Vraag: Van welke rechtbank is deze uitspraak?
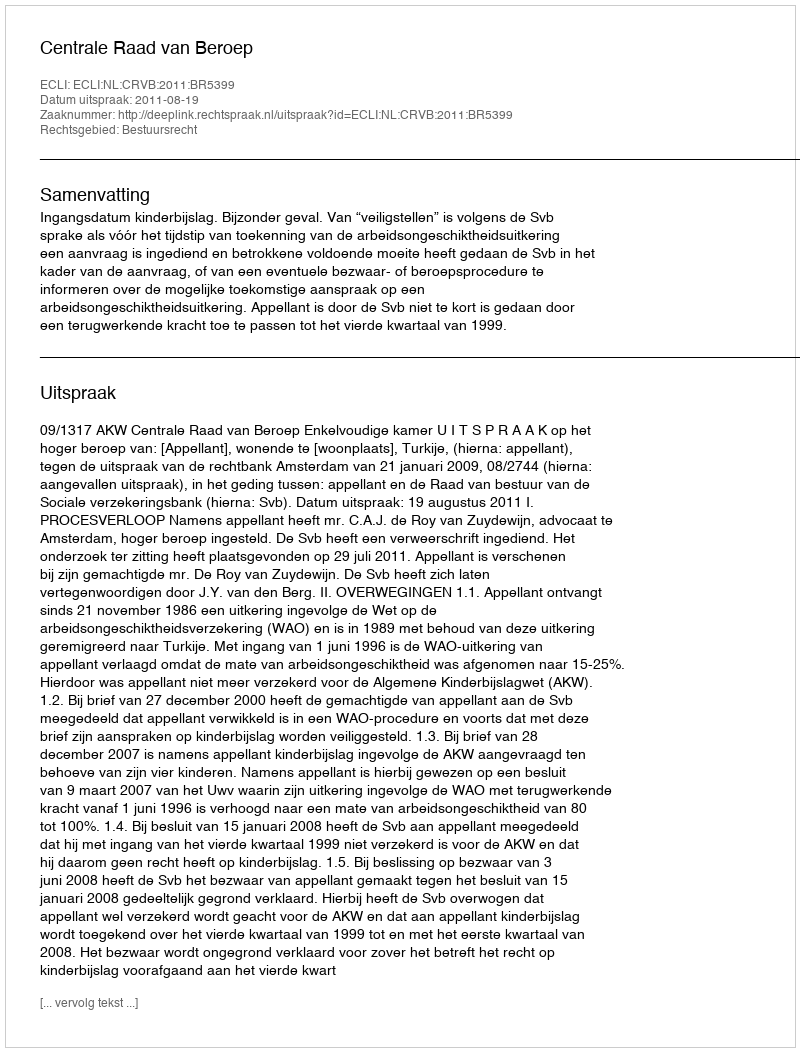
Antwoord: Centrale Raad van Beroep